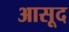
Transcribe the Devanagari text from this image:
आसूद